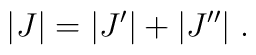
|J| = |J'| + |J''| \;.